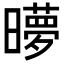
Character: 𬁜